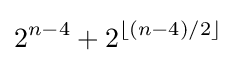
2^{n-4}+2^{\lfloor (n-4)/2\rfloor }